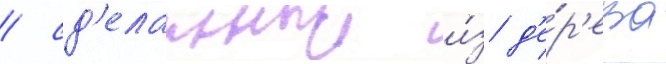
/ сд'еланныи и́з д'е́р'ева